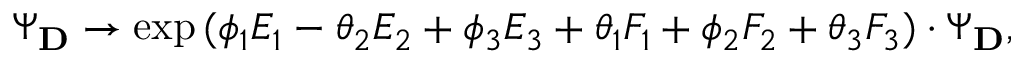
\Psi _ { \bf D } \rightarrow \exp { ( \phi _ { 1 } E _ { 1 } - \theta _ { 2 } E _ { 2 } + \phi _ { 3 } E _ { 3 } + \theta _ { 1 } F _ { 1 } + \phi _ { 2 } F _ { 2 } + \theta _ { 3 } F _ { 3 } ) } \cdot \Psi _ { \bf D } ,